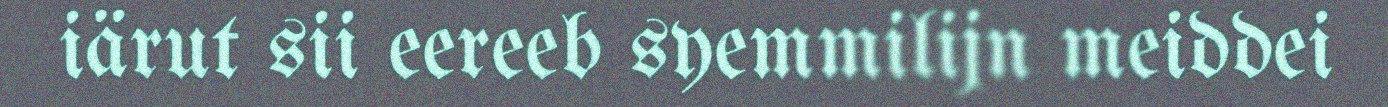
iärut sii eereeb syemmilijn meiddei